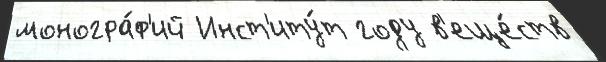
моногра́ф'ий Инст'иту́т году в'еще́ств